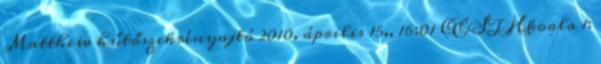
Matthew hűtőszekrényajtó 2010. április 15., 16:01 CEST Hkoala 1: